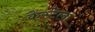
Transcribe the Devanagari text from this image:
कैस्टेला